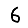
Digit: 6